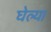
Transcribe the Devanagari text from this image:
घेल्या